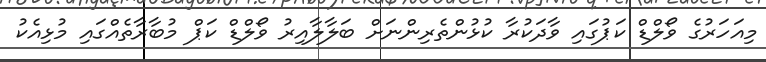
މިއަހަރުގެ ވޯލްޑް ކަޕުގައި ވާދަކުރާ ކުޅުންތެރިންނަށް ބަލާލާއިރު ވޯލްޑް ކަޕް މުބާރާތެއްގައި މުޅިއެކު